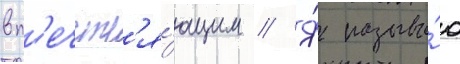
вп'ечатл'я́ющим // Я́ называ́ю